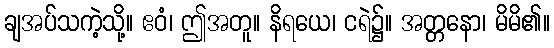
ချအပ်သကဲ့သို့။ ဧဝံ၊ ဤအတူ။ နိရယေ၊ ငရဲ၌။ အတ္တနော၊ မိမိ၏။